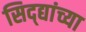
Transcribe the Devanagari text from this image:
सिद्द्यांच्या